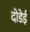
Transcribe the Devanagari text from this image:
दोडेई